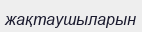
жақтаушыларын